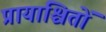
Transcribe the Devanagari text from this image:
प्रायाश्चितों